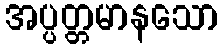
အပ္ပတ္တမာနသော